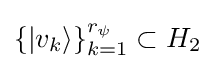
\{|v_{k}\rangle \}_{k=1}^{r_{\psi }}\subset H_{2}